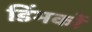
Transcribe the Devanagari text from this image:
डिंभकों